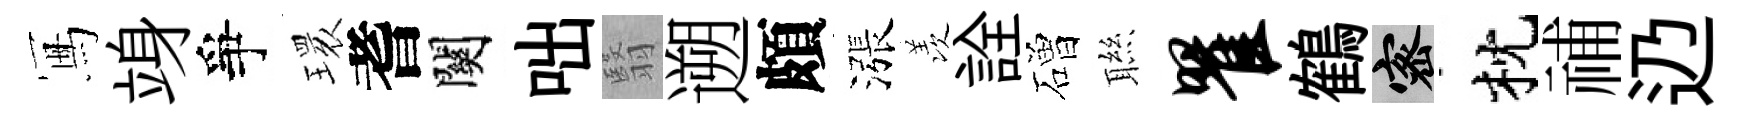
冩竧爭𤨔耆關咄翳遡頗漲羡詮磳聮瞿鶴密枕𥙷辸